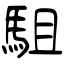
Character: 駔